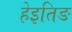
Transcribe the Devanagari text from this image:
हेइतिङ